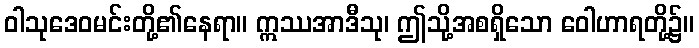
ဝါသုဒေဝမင်းတို့၏နေရာ။ ဣဿအာဒီသု၊ ဤသို့အစရှိသော ဝေါဟာရတို့၌။